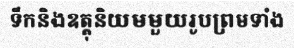
ទឹកនិងឧត្តុនិយមមួយរូបព្រមទាំង